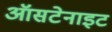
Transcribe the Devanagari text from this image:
ऑसटेनाइट